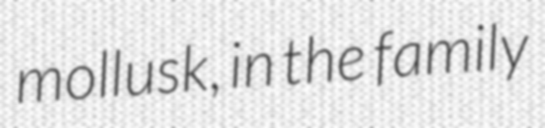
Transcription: mollusk, in the family